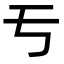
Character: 亐